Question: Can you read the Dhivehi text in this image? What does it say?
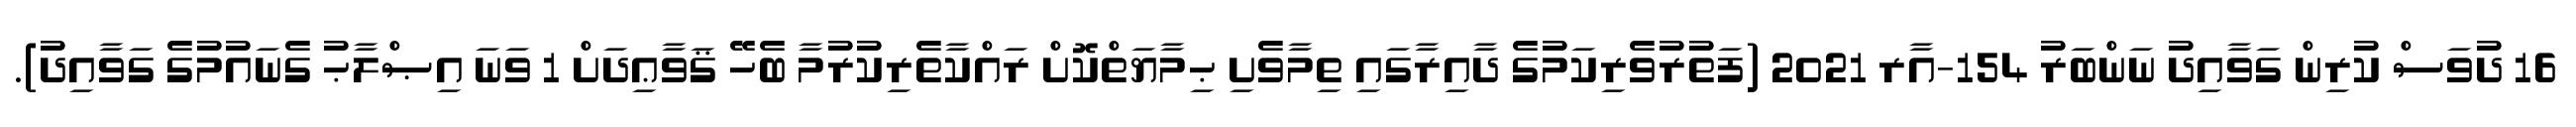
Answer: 16 ދުވަސް ކުރިން ގަވާއިދު ނަންބަރު 154-އާރ 2021 (ފަތުރުވެރިކަމުގެ ދާއިރާގައި ތިމާވެށި ޙިމާޔަތްކޮށް ރައްކާތެރިކުރުމާ ބެހޭ ޤަވާޢިދަށް 1 ވަނަ އިޞްލާޙު ގެނައުމުގެ ގަވާއިދު).